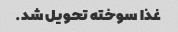
غذا سوخته تحویل شد.